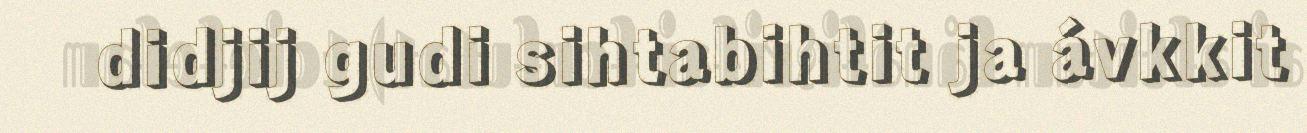
didjij gudi sihtabihtit ja ávkkit